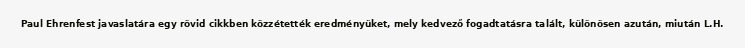
Paul Ehrenfest javaslatára egy rövid cikkben közzétették eredményüket, mely kedvező fogadtatásra talált, különösen azután, miután L.H.